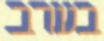
בערב